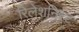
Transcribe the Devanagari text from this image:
रिलेशनिस्ट